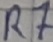
Text: R7